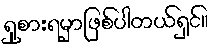
ရှုစားရမှာဖြစ်ပါတယ်ရှင်။